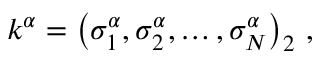
k ^ { \alpha } = \left( \sigma _ { 1 } ^ { \alpha } , \sigma _ { 2 } ^ { \alpha } , \ldots , \sigma _ { N } ^ { \alpha } \right) _ { 2 } \, ,